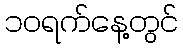
၁၀ရက်နေ့တွင်